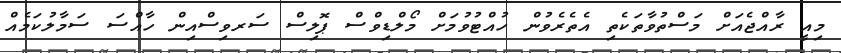
މިއީ ރާއްޖެއަށް މަސްތުވާތަކެތި އެތެރެވުން ހުއްޓުވުމަށް މޯލްޑިވްސް ޕޮލިސް ސަރވިސްއިން ހާއްސަ ސަމާލުކަމެއް